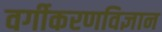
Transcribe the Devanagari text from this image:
वर्गीकरणविज्ञान